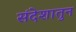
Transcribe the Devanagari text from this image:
संदेशातुन